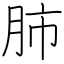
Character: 肺